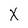
Character: X